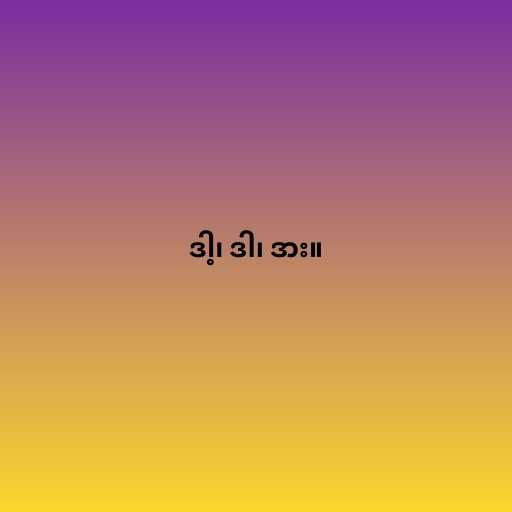
ဒါ့၊ ဒါ၊ ဒား။